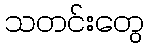
သတင်းတွေ